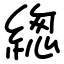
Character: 緫